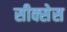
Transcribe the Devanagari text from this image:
सीक्सेस